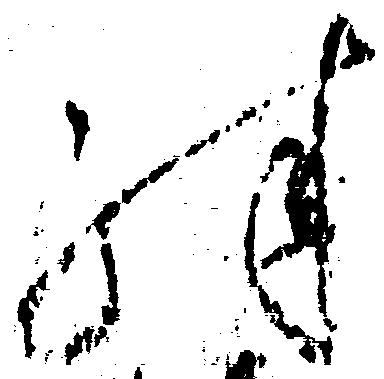
殊